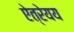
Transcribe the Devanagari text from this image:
ऐत्रेयय